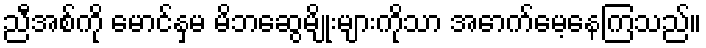
ညီအစ်ကို မောင်နှမ မိဘဆွေမျိုးများကိုသာ အောက်မေ့နေကြသည်။